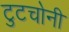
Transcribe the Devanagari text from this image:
टुटचोनी